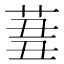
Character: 𦱪